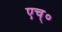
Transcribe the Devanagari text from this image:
एच्‌०